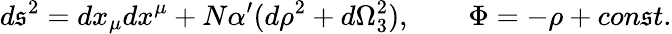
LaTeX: d\mathfrak{s}^{2}=dx_{\mu}dx^{\mu}+N\alpha^{\prime}(d\rho^{2}+d\Omega_{3}^{2}),\qquad\Phi=-\rho+con\mathfrak{s}t.